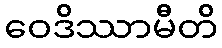
ဝေဒိဿာမီတိ